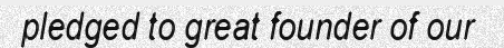
pledged to great founder of our